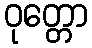
ဝုတ္တော